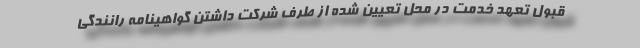
قبول تعهد خدمت در محل تعیین شده از طرف شرکت داشتن گواهینامه رانندگی